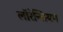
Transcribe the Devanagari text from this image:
लॉरेन्शियम